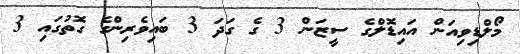
މޯލްޑިވިއަން އައިޑޮލްގެ ސީޒަން 3 ގެ ގަދަ 3 ބައިވެރިންގެ ގޮތުގައި 3